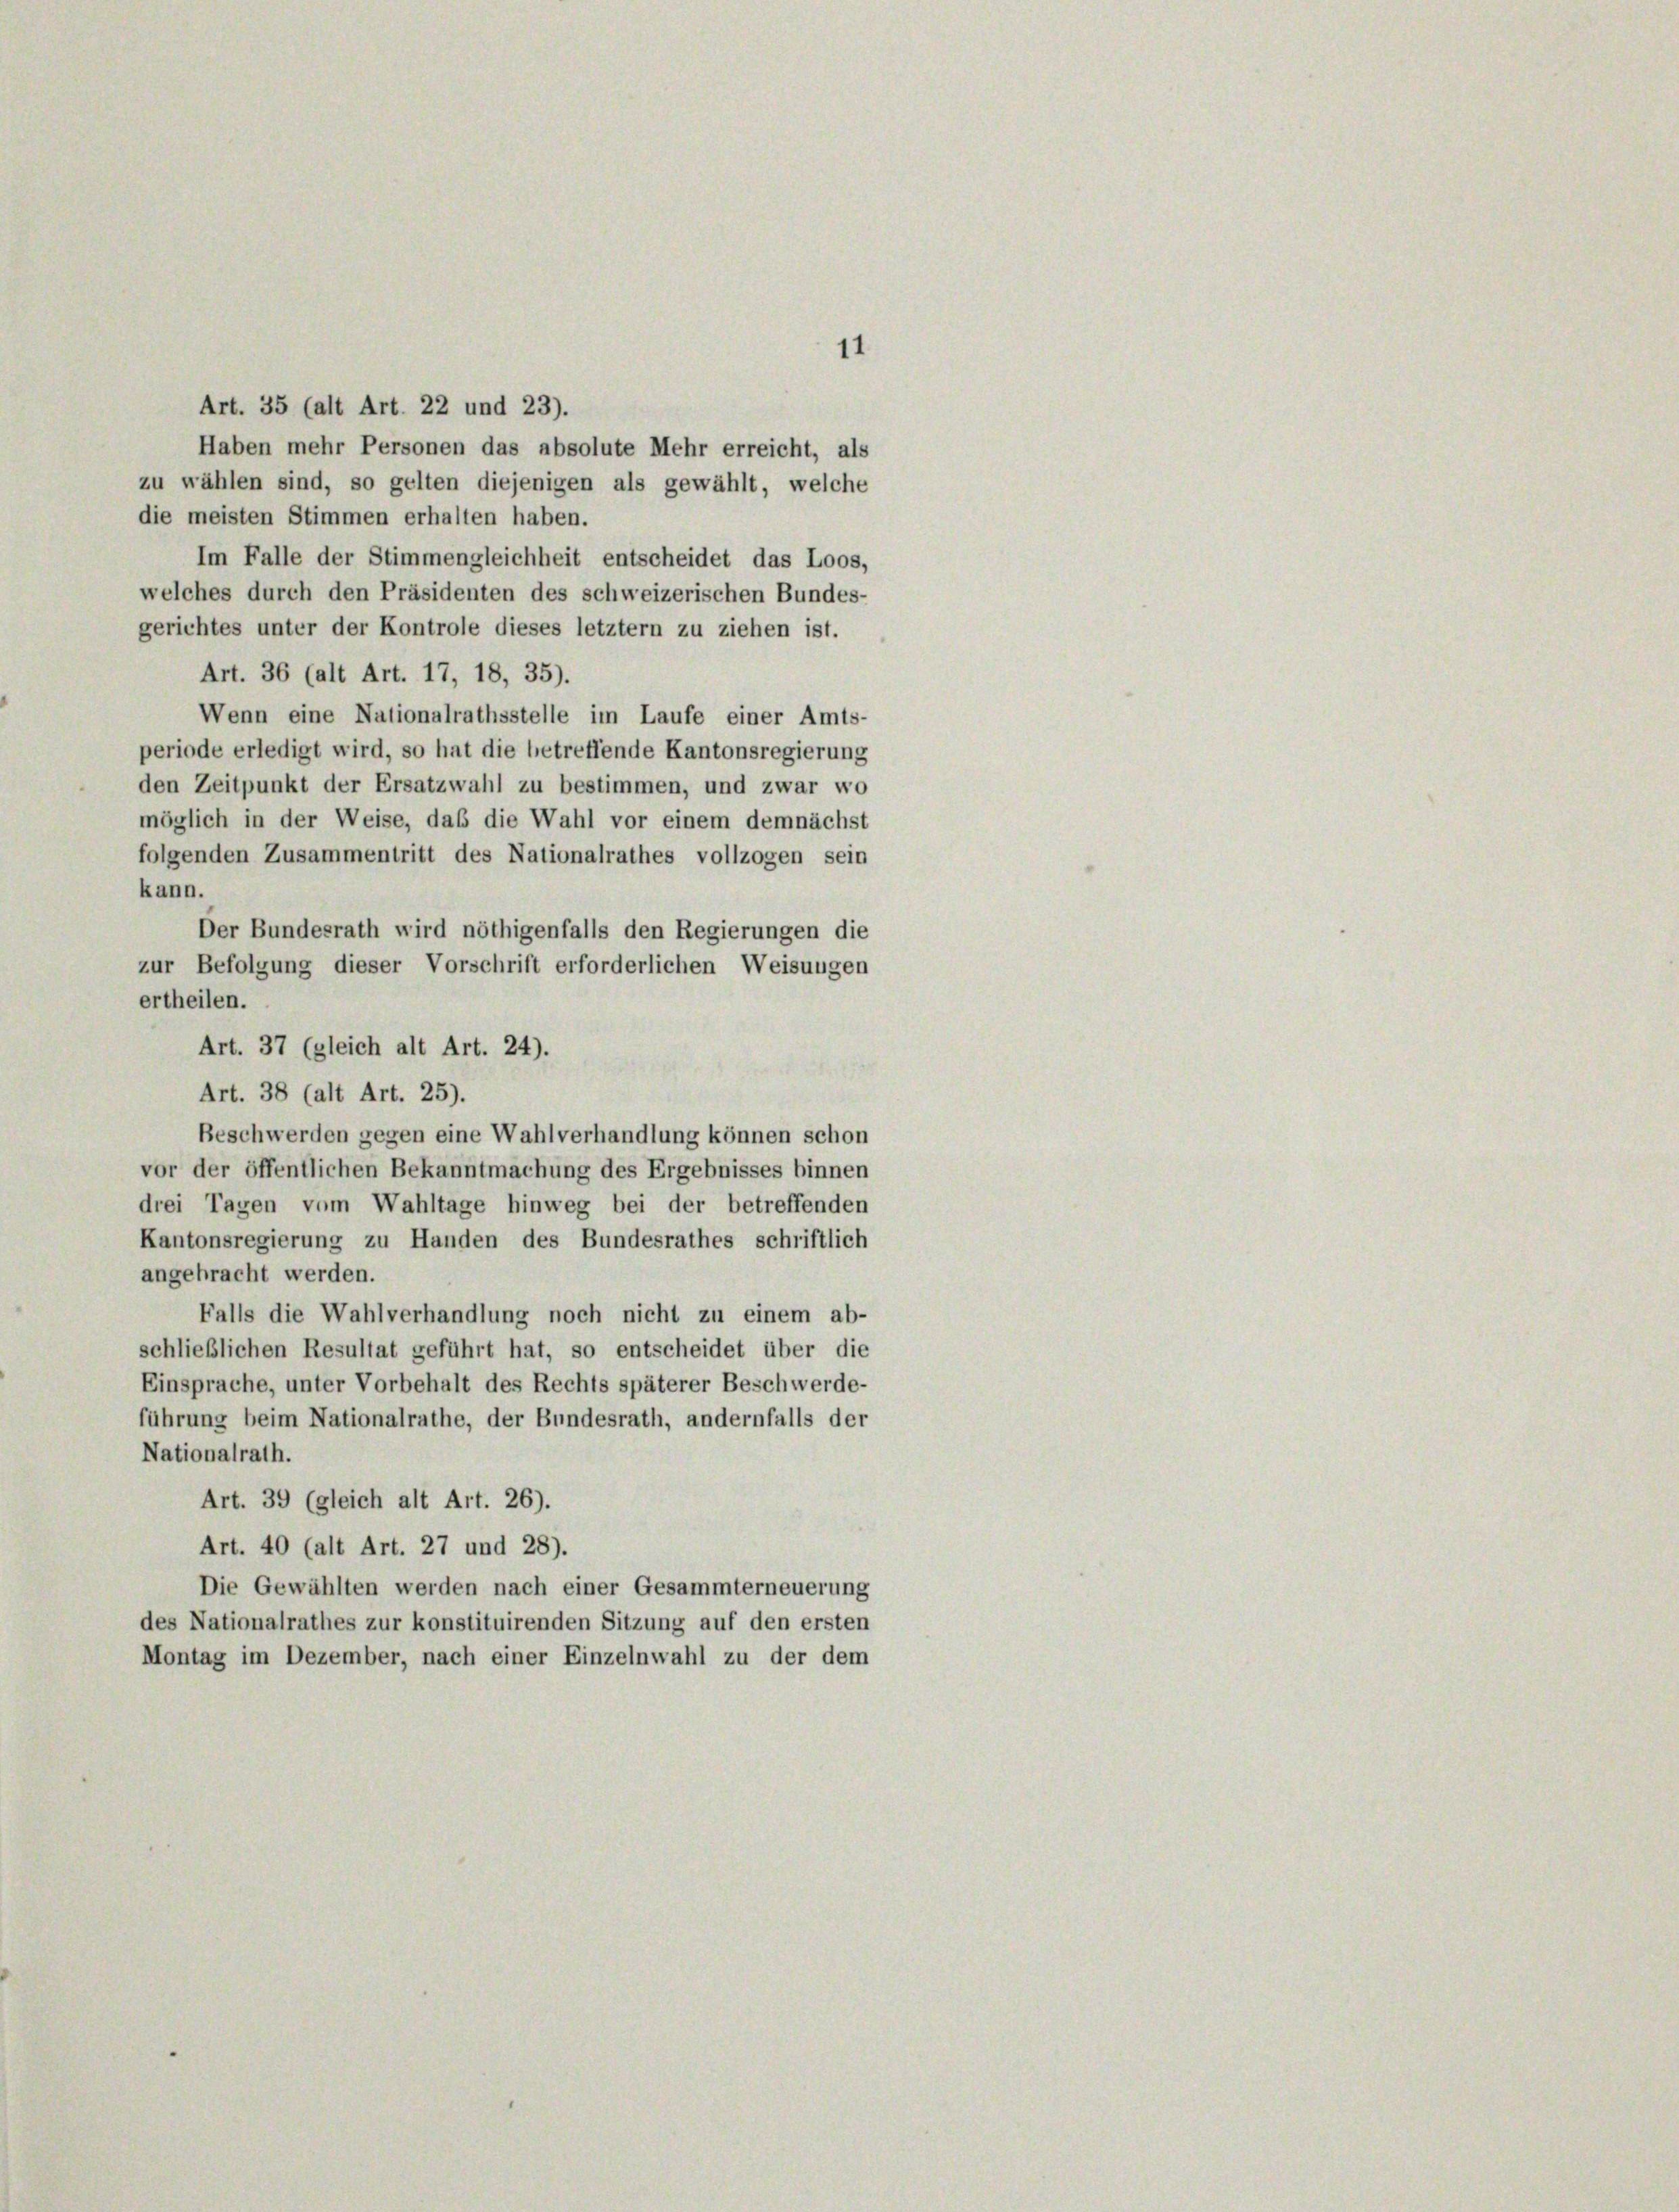
11
Art. 35 (alt Art. 22 und 23).
Haben mehr Personen das absolute Mehr erreicht, als
zu wählen sind, so gelten diejenigen als gewählt, welche
die meisten Stimmen erhalten haben.
Im Falle der Stimmengleichheit entscheidet das Loos,
welches durch den Präsidenten des schweizerischen Bundes-
gerichtes unter der Kontrole dieses letztem zu ziehen ist.
Art. 36 (alt Art. 17, 18, 35).
Wenn eine Nationalrathsstelle im Laufe einer Amts-
periode erledigt wird, so hat die betreffende Kantonsregierung
den Zeitpunkt der Ersatzwahl zu bestimmen, und zwar wo
möglich in der Weise, daß die Wahl vor einem demnächst
folgenden Zusammentritt des Nationalrathes vollzogen sein
kann.
Der Bundesrath wird nöthigenfalls den Regierungen die
zur Befolgung dieser Vorschrift erforderlichen Weisungen
ertheilen.
Art. 37 (gleich alt Art. 24).
Art. 38 (alt Art. 25).
Beschwerden gegen eine Wahlverhandlung können schon
vor der öffentlichen Bekanntmachung des Ergebnisses binnen
drei Tagen vom Wahltage hinweg bei der betreffenden
Kantonsregierung zu Handen des Bundesrathes schriftlich
angebracht werden.
Falls die Wahlverhandlung noch nicht zu einem ab-
schließlichen Resultat geführt hat, so entscheidet über die
Einsprache, unter Vorbehalt des Rechts späterer Beschwerde-
führung beim Nationalrathe, der Bundesrath, andernfalls der
Nationalrath.
Art. 39 (gleich alt Art. 26).
Art. 40 (alt Art. 27 und 28).
Die Gewählten werden nach einer Gesammterneuerung
des Nationalrathes zur konstituirenden Sitzung auf den ersten
Montag im Dezember, nach einer Einzelnwahl zu der dem